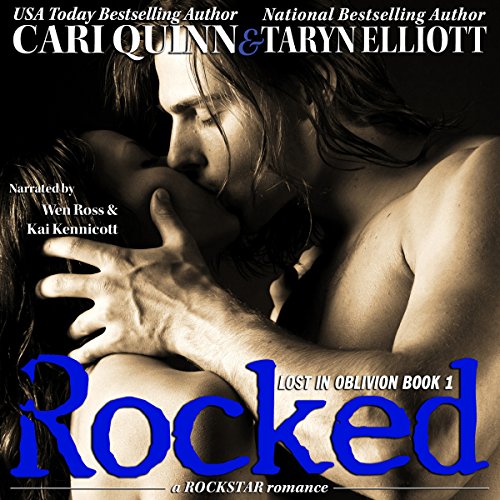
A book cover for Rocked: Lost in Oblivion, Book 1; Taryn Elliott; Romance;